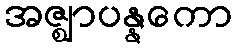
အဇ္ဈာပန္နကော